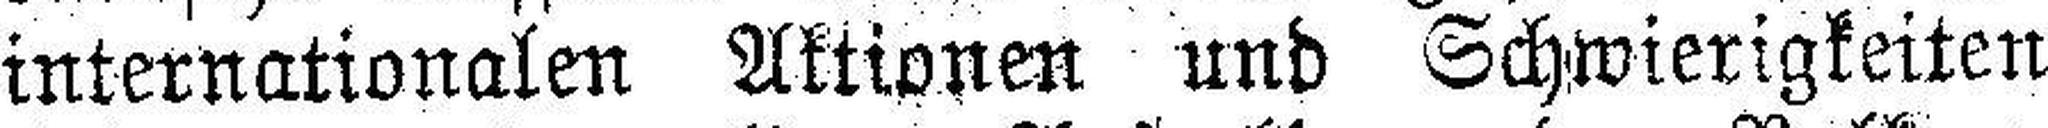
internationalen Aktionen und Schwierigkeiten